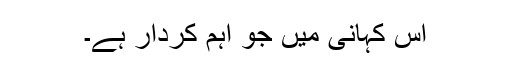
اس کہانی میں جو اہم کردار ہے۔